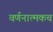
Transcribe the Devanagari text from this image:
वर्णनात्मकच